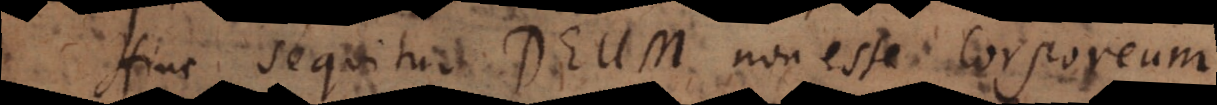
Hinc sequitur Deum non esse corporeum,